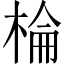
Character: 棆